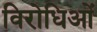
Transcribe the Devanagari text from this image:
विरोधिओं